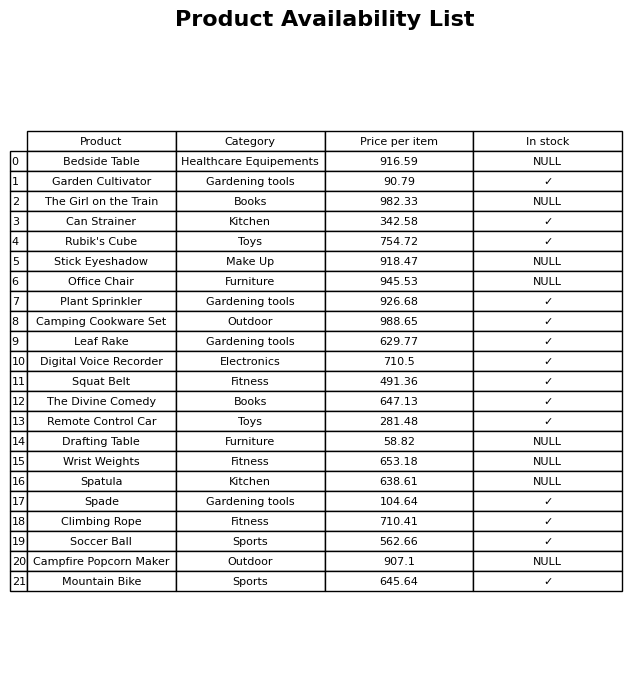
question: What is the price of the The Divine Comedy?
answer: The price of The Divine Comedy is 647.13.